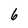
Character: 6